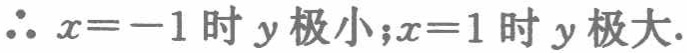
$\therefore x=-1\text{ 时 }y\text{ 极小;}x = 1\text{ 时 }y\text{ 极大.}$